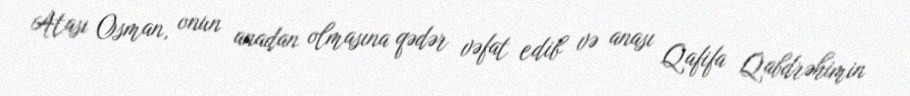
Atası Osman, onun anadan olmasına qədər vəfat edib və anası Qafifa Qabdrəhimin